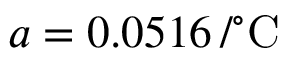
a = 0 . 0 5 1 6 \mathrm { \, / ^ { \circ } C }